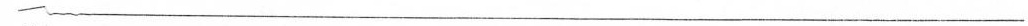
___